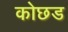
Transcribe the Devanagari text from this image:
कोछड